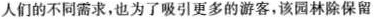
人们的不同需求，也为了吸引更多的游客，该园林除保留